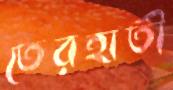
তেরহাতী